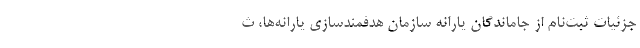
جزئیات ثبت‌نام از جاماندگان یارانه سازمان هدفمندسازی یارانه‌ها، ث